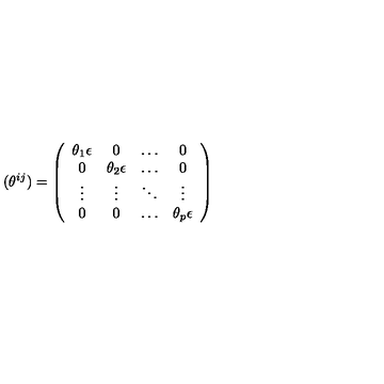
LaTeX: ( \theta ^ { i j } ) = \left( \begin{array} { c c c c } { \theta _ { 1 } { \bf \epsilon } } & { 0 } & { \dots } & { 0 } \\ { 0 } & { \theta _ { 2 } { \bf \epsilon } } & { \dots } & { 0 } \\ { \vdots } & { \vdots } & { \ddots } & { \vdots } \\ { 0 } & { 0 } & { \dots } & { \theta _ { p } { \bf \epsilon } } \\ \end{array} \right)